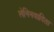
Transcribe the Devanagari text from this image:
लेनिनवादिता